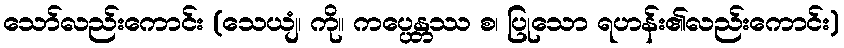
သော်လည်းကောင်း (သေယျံ၊ ကို။ ကပ္ပေန္တဿ စ၊ ပြုသော ရဟန်း၏လည်းကောင်း)